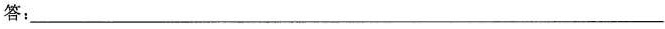
答：___